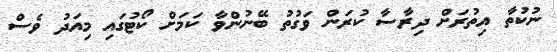
ނުކުތާ އިތުރަށް ދިރާސާ ކުރަން ވަގުތު ބޭނުންވާ ކަމަށް ކޯޓުގައި މިއަދު ވެސް